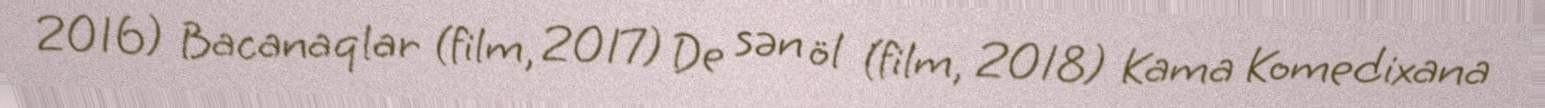
2016) Bacanaqlar (film, 2017) De sən öl (film, 2018) Kama Komedixana